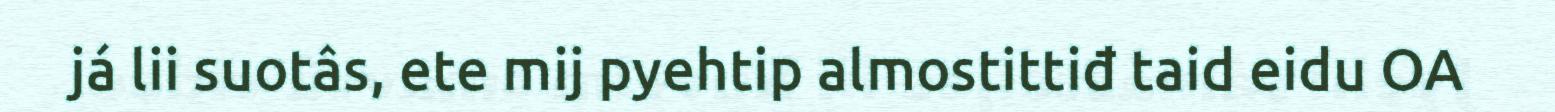
já lii suotâs, ete mij pyehtip almostittiđ taid eidu OA